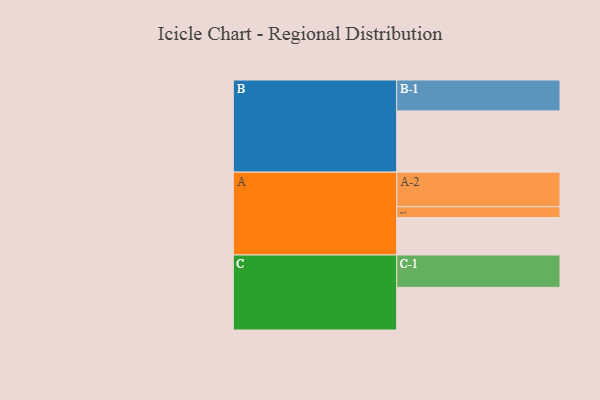
{"axis": {"x": "Segment", "y": "Value"}, "legend": ["", "A", "B", "C"], "data": [{"x": "A", "y": 302, "type": ""}, {"x": "B", "y": 494, "type": ""}, {"x": "C", "y": 344, "type": ""}, {"x": "A-1", "y": 87, "type": "A"}, {"x": "A-2", "y": 279, "type": "A"}, {"x": "B-1", "y": 249, "type": "B"}, {"x": "C-1", "y": 261, "type": "C"}]}